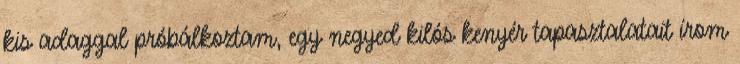
kis adaggal próbálkoztam, egy negyed kilós kenyér tapasztalatait írom